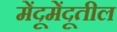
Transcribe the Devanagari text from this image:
मेंदूमेंदूतील